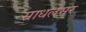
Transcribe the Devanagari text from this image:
साधलेसर